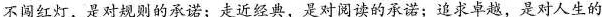
不闯红灯，是对规则的承诺；走近经典，是对阅读的承诺；追求卓越，是对人生的